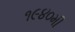
૧૯૪૦મી